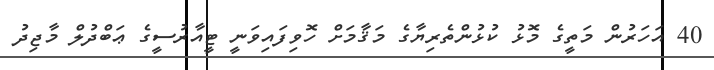
40 އަހަރުން މަތީގެ މޮޅު ކުޅުންތެރިޔާގެ މަޤާމަށް ހޮވިފައިވަނީ ޓީއާރުސީގެ ޢަބްދުލް މާޖިދު